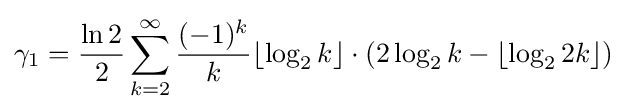
\gamma _{1}={\frac {\ln 2}{2}}\sum _{k=2}^{\infty }{\frac {(-1)^{k}}{k}}\lfloor \log _{2}{k}\rfloor \cdot \left(2\log _{2}{k}-\lfloor \log _{2}{2k}\rfloor \right)